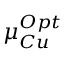
\mu _ { C u } ^ { O p t }